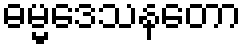
ဓမ္မဒေသနတော